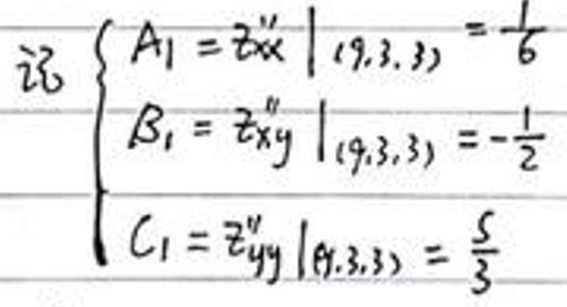
记 \begin{cases}
A_1 = z_{xx}''\vert_{(0,3,3)}=\frac{1}{6} \\
B_1 = z_{xy}''\vert_{(0,3,3)}=-\frac{1}{2} \\
C_1 = z_{yy}''\vert_{(0,3,3)}=\frac{5}{3}
\end{cases}